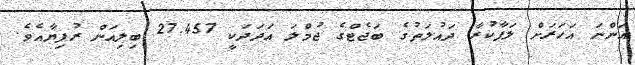
އަންނަ އަހަރަށް ލަފާކުރާ ދައުލަތުގެ ބަޖެޓްގެ ޖުމްލަ އަދަދަކީ 27.457 ބިލިއަން ރުފިޔާއެވެ.